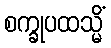
စက္ခုပထသ္မိံ